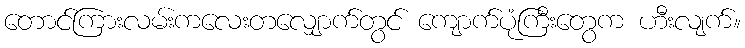
တောင်ကြားလမ်းကလေးတလျှောက်တွင် ကျောက်ပုံကြီးတွေက ဟီးလျက်။